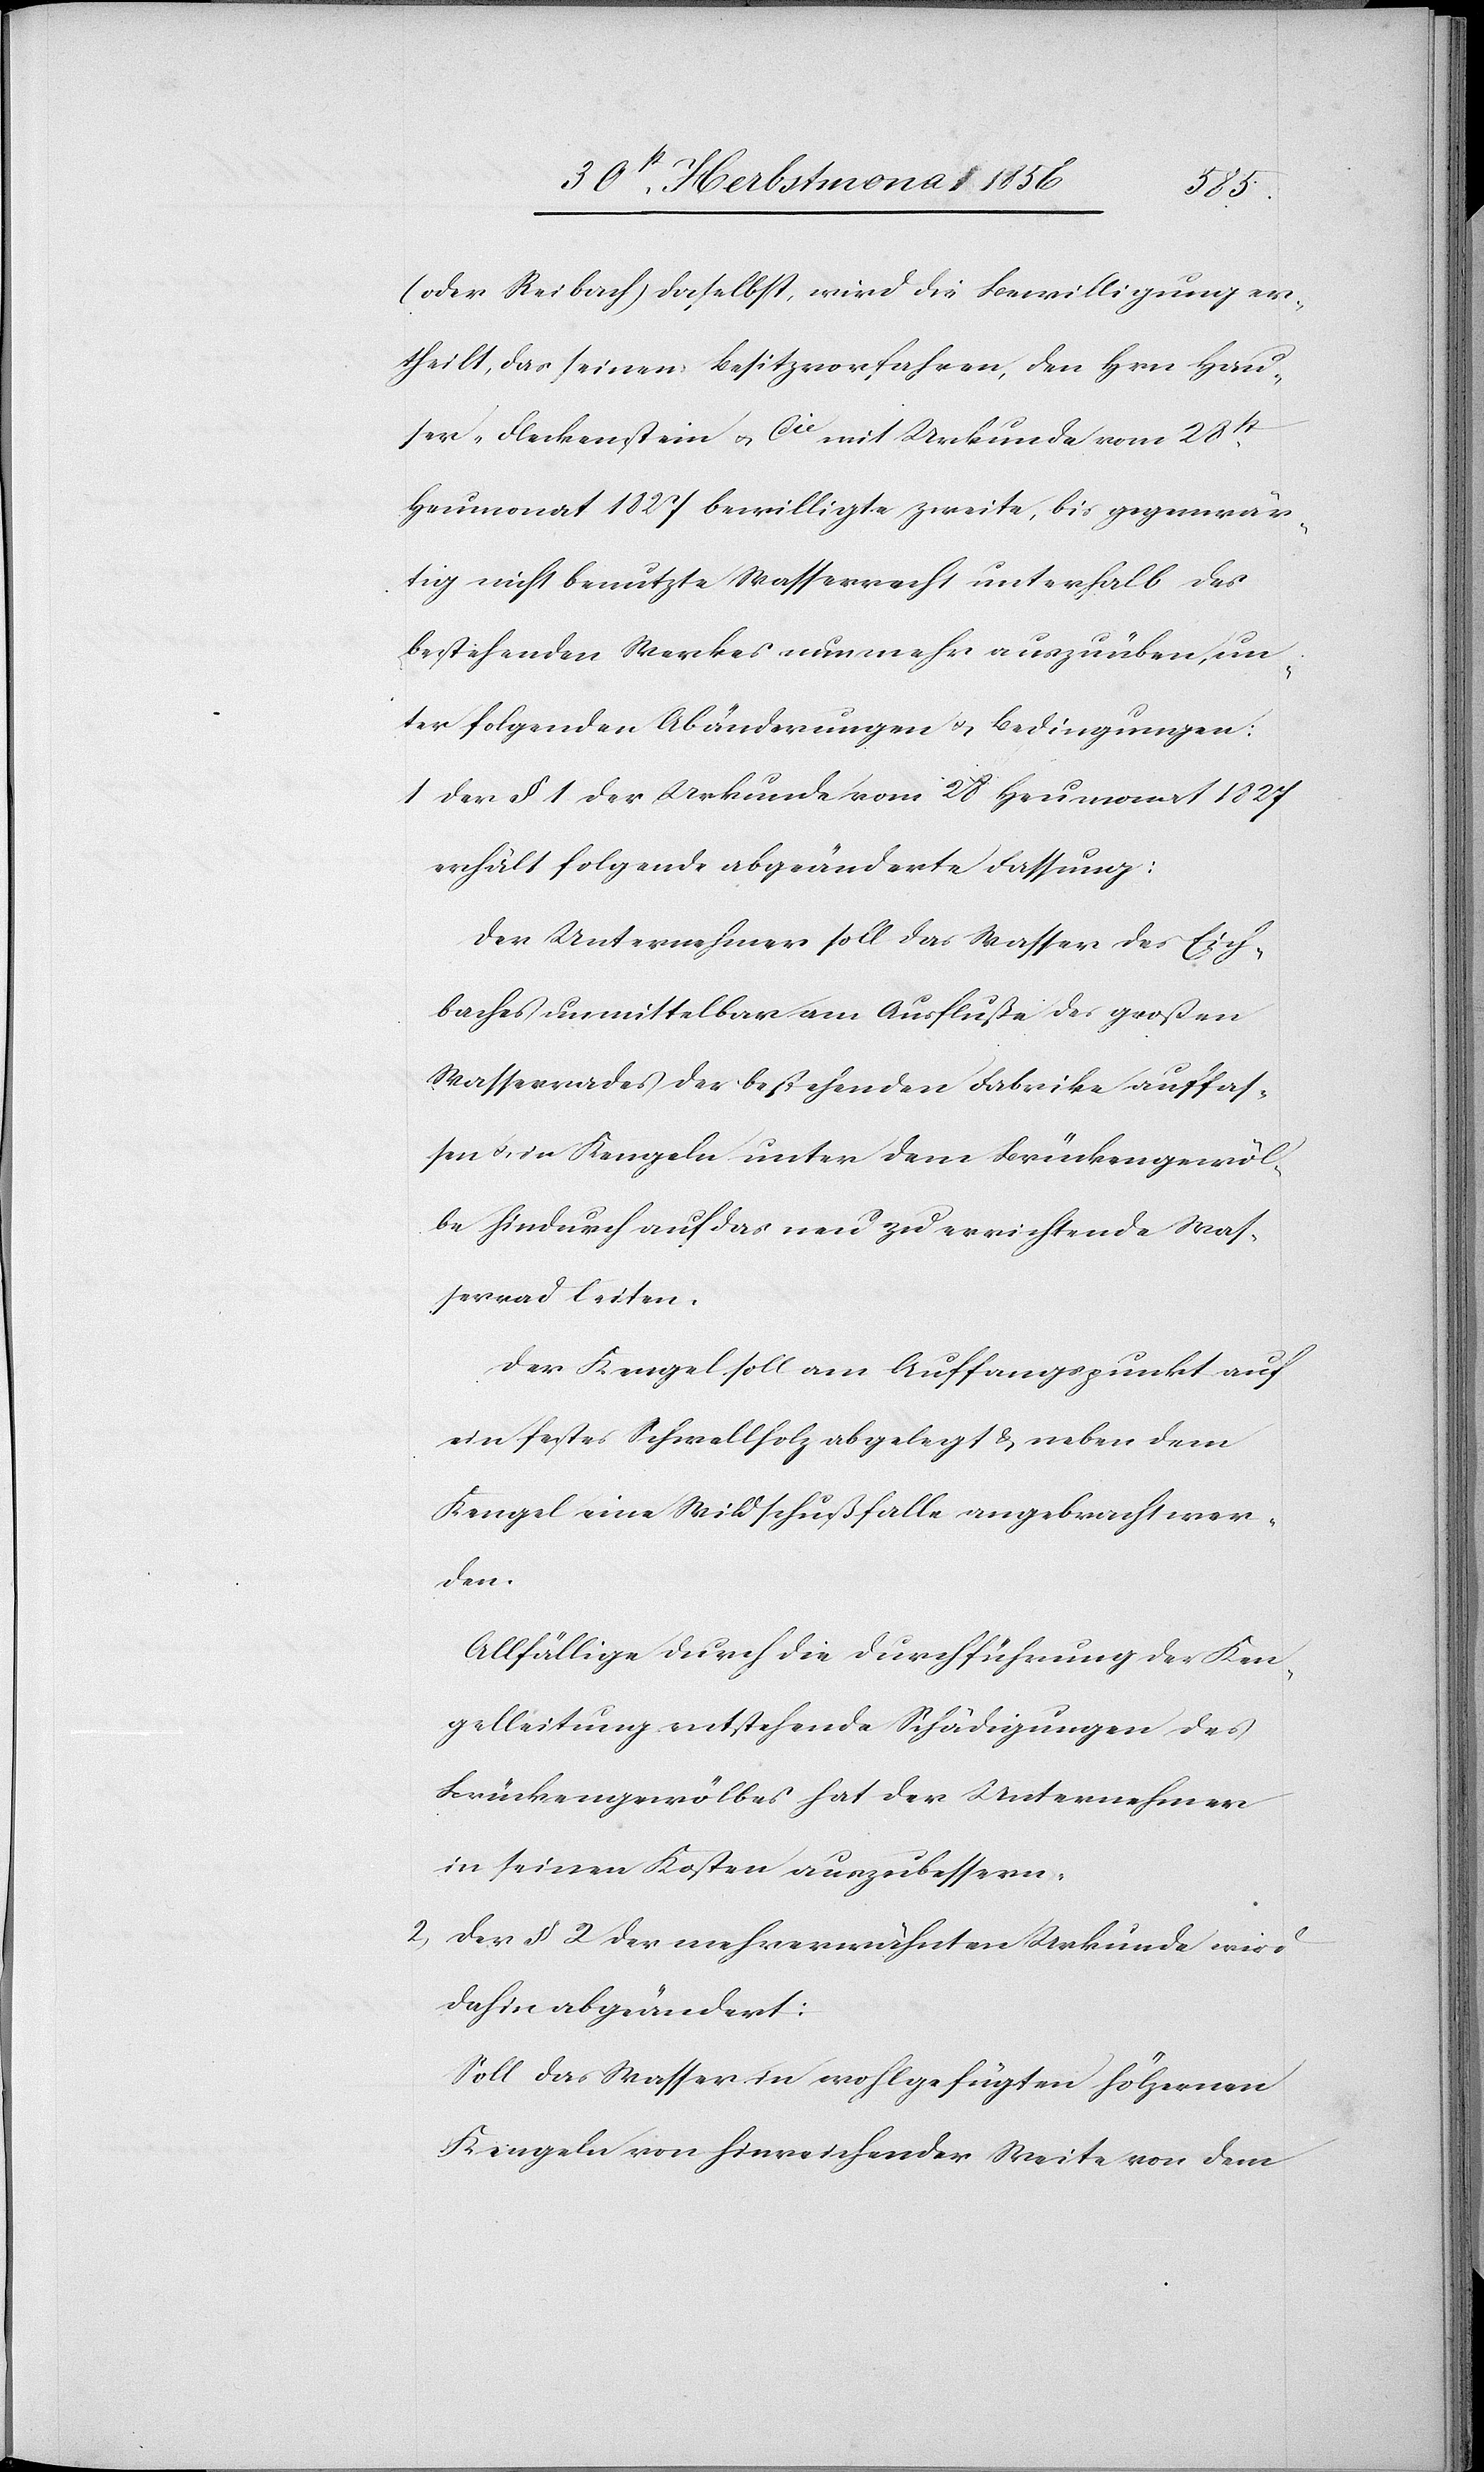
(oder Reibach) daselbst, wird die Bewilligung er¬
theilt, das seinen Besitzvorfahren, den Hrn Hau¬
ser-Fleckenstein u. Cie mit Urkunde vom 28st
Heumonat 1827 bewilligte zweite, bis gegenwär¬
tig nicht benutzte Wasserrecht unterhalb des
bestehenden Werkes nunmehr auszuüben, un¬
ter folgenden Abänderungen u. Bedingungen:
1) Der § 1 der Urkunde vom 28 Heumonat 1827
erhält folgende abgeänderte Fassung:
Der Unternehmer soll das Wasser des Eich¬
baches unmittelbar am Ausfluße des großen
Wasserrades der bestehenden Fabrike auffas¬
sen u. in Kengeln unter dem Brückengewöl¬
be hindurch auf das neu zu errichtende Was¬
serrad leiten.
Der Kengel soll am Auffangspunkt auf
ein festes Schwellholz abgelegt & neben dem
Kengel eine Wildschußfalle angebracht wer¬
den.
Allfällige durch die Durchführung der Ken¬
gelleitung entstehende Schädigungen des
Brückengewölbes hat der Unternehmer
in seinen Kosten auszubessern.
Der § 2 der mehrerwähnten Urkunde wird
dahin abgeändert:
Soll das Wasser in wohlgefügten hölzernen
Kengeln von hinreichender Weite von dem